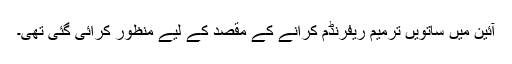
آئین میں ساتویں ترمیم ریفرنڈم کرانے کے مقصد کے لیے منظور کرائی گئی تھی۔